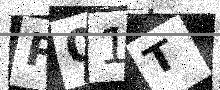
Text: P01T